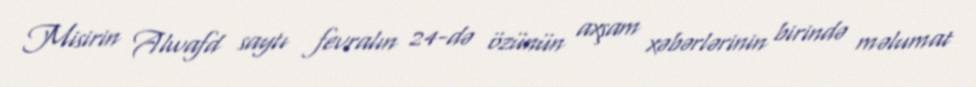
Misirin Alwafd saytı fevralın 24-də özünün axşam xəbərlərinin birində məlumat